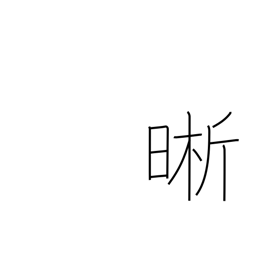
Meaning: clear